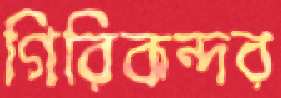
গিরিকন্দর